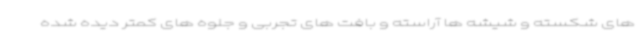
های شکسته و شیشه ها آراسته و بافت های تجربی و جلوه های کمتر دیده شده